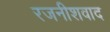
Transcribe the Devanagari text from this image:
रजनीशवाद